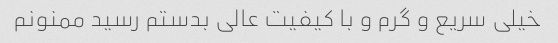
خیلی سریع و گرم و با کیفیت عالی بدستم رسید ممنونم